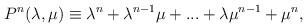
LaTeX: \begin{align*}P^n(\lambda ,\mu )\equiv \lambda ^n+\lambda ^{n-1}\mu +...+\lambda \mu^{n-1}+\mu ^n, \end{align*}